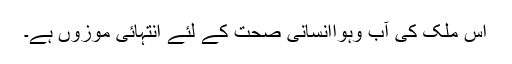
اس ملک کی آب وہواانسانی صحت کے لئے انتہائی موزوں ہے۔